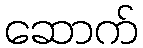
ဆောက်